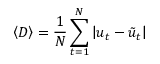
\left\langle D \right\rangle = \frac { 1 } { N } \sum _ { t = 1 } ^ { N } \left| u _ { t } - \tilde { u } _ { t } \right|